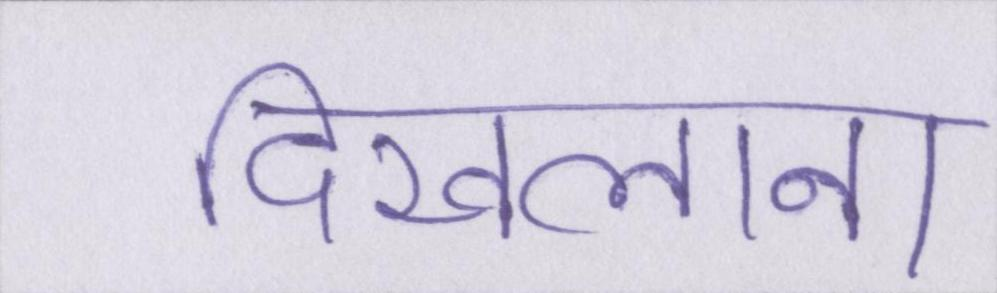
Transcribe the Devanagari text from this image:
दिखलाना